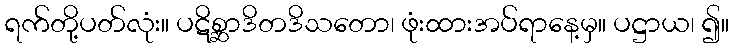
ရက်တို့ပတ်လုံး။ ပဋိစ္ဆာဒိတဒိသတော၊ ဖုံးထားအပ်ရာနေ့မှ။ ပဋ္ဌာယ၊ ၍။